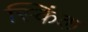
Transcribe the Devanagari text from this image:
स्किंक